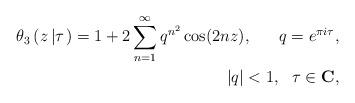
LaTeX: \begin{align*}\theta_3 \left(z\left|\tau\right.\right) = 1 + 2 \sum_{n=1}^{\infty} q^{n^2} \cos (2nz), \ \ \ \ \ q=e^{\pi i \tau}, \\ |q| <1, \ \ \tau \in \mbox{\bf C}, \end{align*}